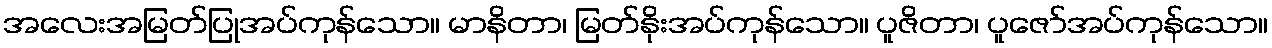
အလေးအမြတ်ပြုအပ်ကုန်သော။ မာနိတာ၊ မြတ်နိုးအပ်ကုန်သော။ ပူဇိတာ၊ ပူဇော်အပ်ကုန်သော။